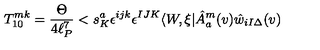
T _ { 1 0 } ^ { m k } = \frac { \Theta } { 4 \ell _ { P } ^ { 7 } } < s _ { K } ^ { a } \epsilon ^ { i j k } \epsilon ^ { I J K } \langle W , \xi | \hat { A } _ { a } ^ { m } ( v ) \hat { w } _ { i I \Delta } ( v )